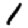
Digit: 1